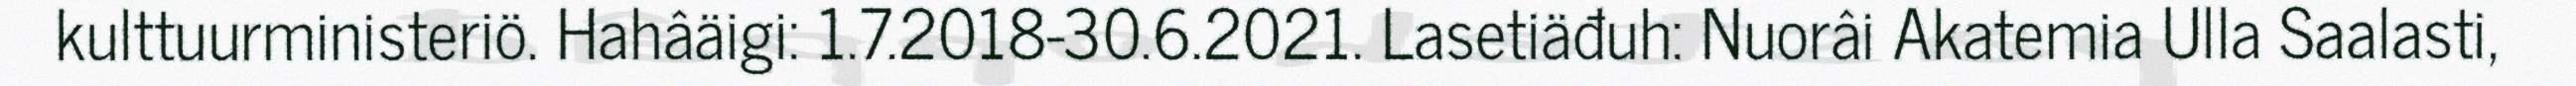
kulttuurministeriö. Hahâäigi: 1.7.2018-30.6.2021. Lasetiäđuh: Nuorâi Akatemia Ulla Saalasti,